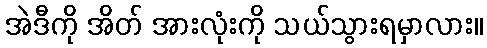
အဲဒီကို အိတ် အားလုံးကို သယ်သွားရမှာလား။